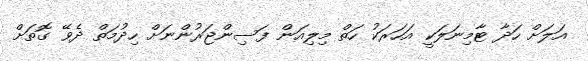
އަލަށް ހަދާ ޓާމިނަލަކީ އަހަރަކު ހަތް މިލިއަން ފަސިންޖަރުންނަށް ހިދުމަތް ދެވޭ ގޮތަށް